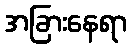
အခြားနေရာ